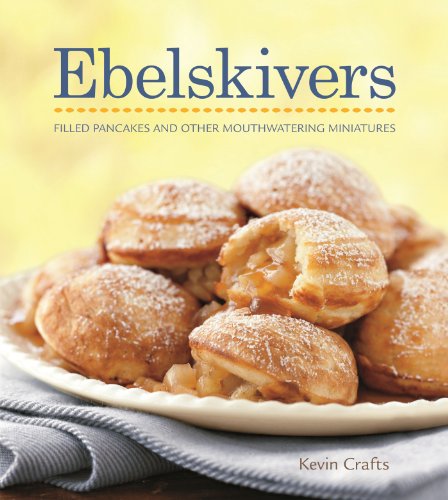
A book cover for Ebelskivers Cookbook; Kevin Crafts; Cookbooks, Food & Wine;